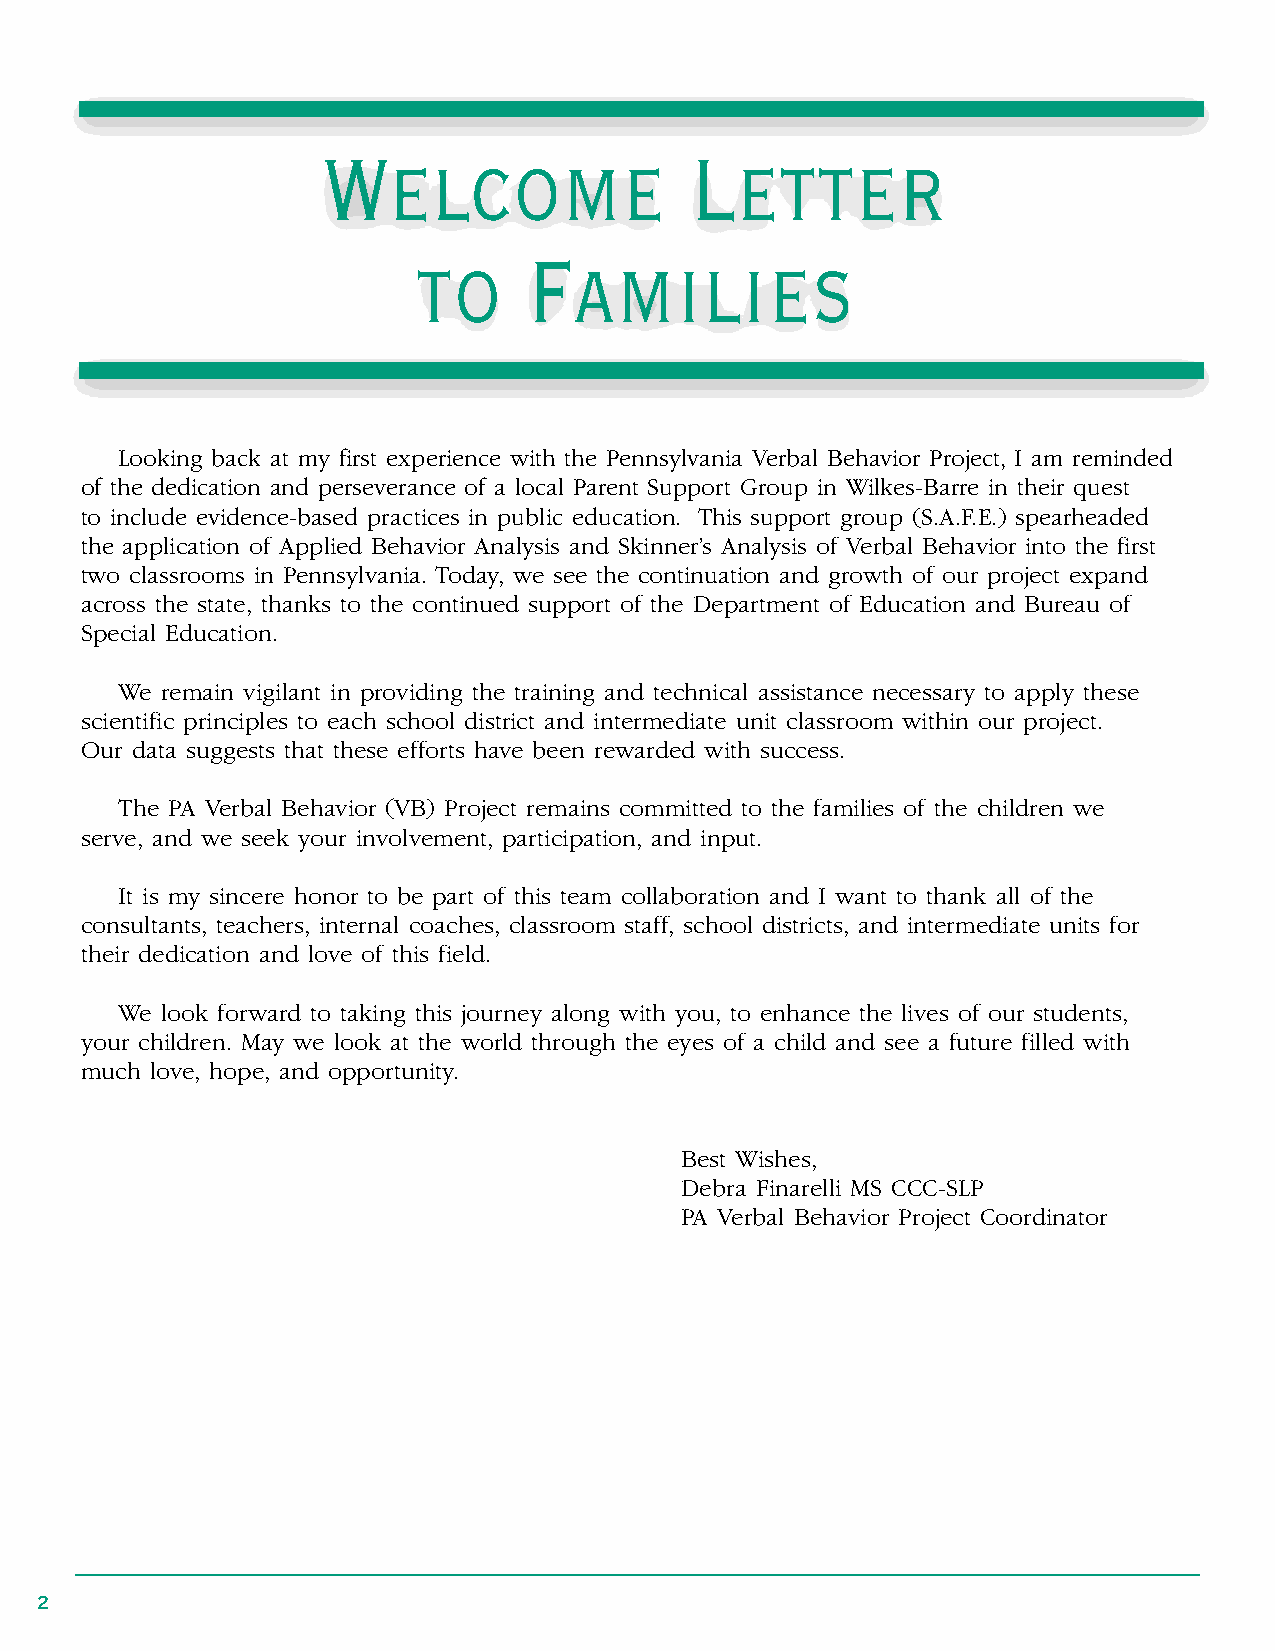
Welcome                  Letter
 to      Families
 Looking back at my first experience with the Pennsylvania Verbal Behavior Project, I am reminded
 of the dedication and perseverance of a local Parent Support Group in Wilkes-Barre in their quest
 to include evidence-based practices in public education . This support group (S .A .F .E .) spearheaded
 the application of Applied Behavior Analysis and Skinner’s Analysis of Verbal Behavior into the first
 two classrooms in Pennsylvania . Today, we see the continuation and growth of our project expand
 across the state, thanks to the continued support of the Department of Education and Bureau of
 Special Education .
 We remain vigilant in providing the training and technical assistance necessary to apply these
 scientific principles to each school district and intermediate unit classroom within our project .
 Our data suggests that these efforts have been rewarded with success .
 The PA Verbal Behavior (VB) Project remains committed to the families of the children we
 serve, and we seek your involvement, participation, and input .
 It is my sincere honor to be part of this team collaboration and I want to thank all of the
 consultants, teachers, internal coaches, classroom staff, school districts, and intermediate units for
 their dedication and love of this field .
 We look forward to taking this journey along with you, to enhance the lives of our students,
 your children . May we look at the world through the eyes of a child and see a future filled with
 much love, hope, and opportunity .
 Best Wishes,
 Debra Finarelli MS CCC-SLP
 PA Verbal Behavior Project Coordinator
 2